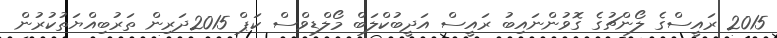
2015 ރައީސްގެ ލޯންޗުގެ ގޮވުންނައިބު ރައީސް އަދީބުކްލަބް މޯލްޑިވްސް ކަޕް 2015ދަރިން ތަރުބިއްޔަތުކުރުން